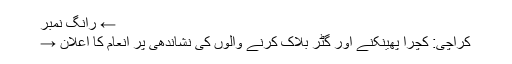
← رانگ نمبر
کراچی: کچرا پھینکنے اور گٹر بلاک کرنے والوں کی نشاندھی پر انعام کا اعلان →